Annual report on the health of the army in India
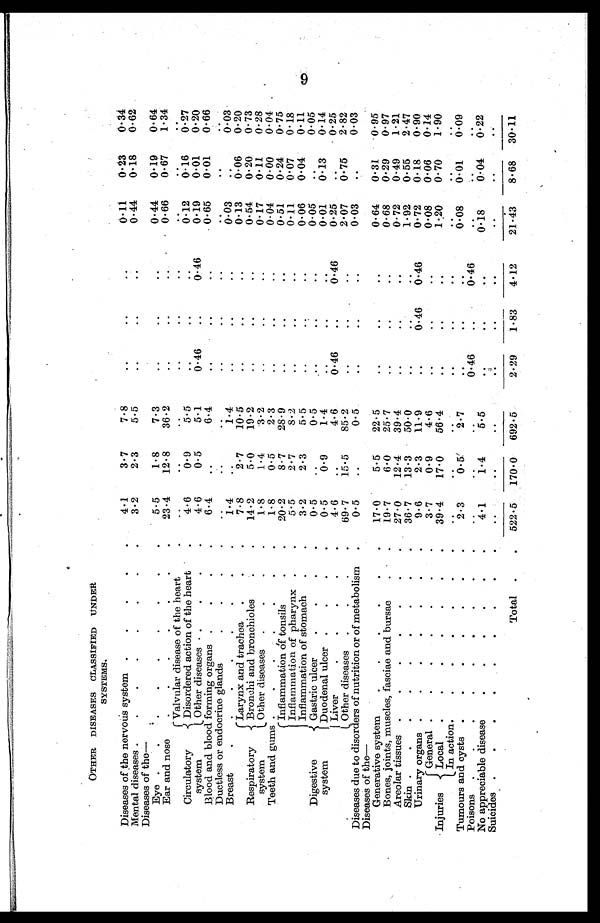
OTHER DISEASES CLASSIFIED UNDER
SYSTEMS.
Diseases of the nervous system .
.
.
.
.
4.1
3.7
7.8
..
..
..
0.11
0 . 2 3
0.34
Mental diseases .
.
.
.
.
.
.
.
3.2
2.3
5.5
..
..
..
0.44
0.18
0.62
Diseases of the
—
Eye .
.
. . . . . . .
5.5
1.8
7.3
..
..
..
0.44
0 . 1 9
0.64
Ear and nose
.
.
.
.
.
.
.
23.4
12.8
36.2
..
..
..
0.66
0.67
1.34
Circulatory
system
Valvular disease of the heart
.
..
..
..
..
..
..
..
. .
. .
Disordered action of the heart
.
4.6
0.9
5.5
..
..
..
0.12
0.16
0.27
Other diseases ..
..
. .
4.6
0.5
5.1
0.46
..
0.46
0.19
0.01
0.20
Blood and blood forming organs .
.
.
.
6.4
..
6.4
..
..
..
0.65
0.01
0.66
Ductless or endocrine glands
.
.
.
.
..
..
..
..
..
..
..
.. ..
Breast
.
.
.
. . . . .
1.4
..
1.4
..
..
..
0.03
..
0.03
Respiratory
system
Larynx and trachea .
.
.
7.8
2.7
10.5
..
..
..
0.13
0.06
0.20
Bronchi and bronchioles
.
.
14.2
5.0
19.2
..
..
..
0.54
0.20
0.73
Other diseases .
.
.
1.8
1.4
3.2
..
..
..
0.17
0.11
0.28
Teeth and gums.
. . . . .
1.8
0.5
2.3
..
..
. .
0 . 0 4 0.00
0.04
Digestive
system
inflammation of tonsils
.
.
20.2
8.7
28.9
..
..
..
0.51
0.24
0.75
Inflammation of pharynx .
.
5.5
2.7
8.2
..
..
..
0.11
0.07
0.18
Inflammation of stomach
.
.
3 . 2
2.3
5.5
..
.. ..
0 . 06
0.04
0.11
Gastric ulcer
.
.
.
.
0.5
..
0.5
..
..
..
0.05
..
0.05
Duodenal ulcer .
.
.
.
0.5
0.9
1.4
..
..
..
0.01
0.13
0.14
Liver
.
.
.
.
.
4.6
..
4.6
0.46
..
0.46
0.25
..
0.25
Other diseases .
.
.
.
69.7
15.5
85.2
..
..
..
2.07
0.75
2.82
Diseases due to disorders of nutrition or of metabolism .
0.5
..
0.5
..
..
..
0.03
..
0.03
Diseases of the
—
Generative system.
.
. . .
17.0
5.5
22.5
..
..
..
0.64
0.31
0.95
Bones, joints, muscles, fasciae and bursae
.
.
19.7
6.0
25.7
..
..
..
0.68
0.29
0.97
Areolar tissues .
.
.
.
.
.
.
27.0
12.4
39.4
..
..
..
0.72
0.49
1 . 2 1
Skin .
.
.
.
.
.
.
.
36.7
13.3
50.0
..
..
..
1.92
0.55
2.47
Urinary organs .
.
.
.
.
.
.
9.6
2.3
11.9
..
0.46
0.46
0.72
0.18
0.90
Injuries
General .
.
. . . . .
3.7
0.9
4.6
..
..
..
0.08
0.06
0.14
Local
.
.
.
.
.
.
.
39.4
17.0
56.4
.. ..
..
1.20
0.70
1.90
In action.
.
.
.
.
.
.
..
. .
. .
..
..
..
..
..
..
Tumours and cysts .
.
.
.
.
.
.
2.3
0.5
2.7
..
..
..
0.08
0.01
0.09
Poisons .
.
.
.
.
.
.
.
.
..
..
..
0.46
.
.
0.46
..
..
..
No appreciable disease
.
.
.
.
.
.
44
1.4
5.5
.. .. ..
0.18
0.04
0.22
Suicides .
.
.
.
. . . .
..
..
..
. .
..
..
..
..
. .
Total .
. 522.5 170.0 692.5
2.29
1.83
4.12
21.43
8.68 30.11